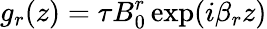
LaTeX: g_{r}(z)=\tau B_{0}^{r}\exp(i\beta_{r}z)